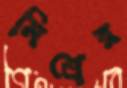
মিশ্রের